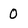
Character: 0